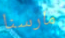
مارسنا